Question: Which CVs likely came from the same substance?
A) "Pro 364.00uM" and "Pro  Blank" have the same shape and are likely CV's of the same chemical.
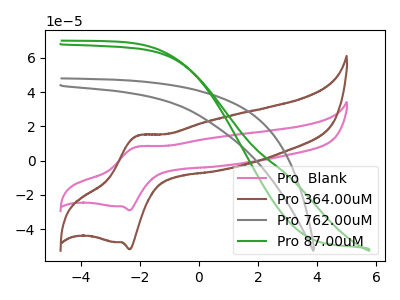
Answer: <think>The pink curve "Pro  Blank" has an anodic peak at (-2.10V, 8.15uA) and a cathodic peak at (-2.35V, -28.95uA). The brown curve "Pro 364.00uM" has an anodic peak at (-2.10V, 14.55uA) and a cathodic peak at (-2.35V, -51.75uA). The gray curve "Pro 762.00uM" has no peaks. The green curve "Pro 87.00uM" has no peaks.
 All the peaks in "Pro  Blank" have a peak in "Pro 364.00uM" at the same potential. Every peak in "Pro  Blank" is lower than every peak in "Pro 364.00uM". "Pro  Blank" and "Pro 762.00uM" have a different number of peaks. "Pro  Blank" and "Pro 87.00uM" have a different number of peaks. "Pro 364.00uM" and "Pro 762.00uM" have a different number of peaks. "Pro 364.00uM" and "Pro 87.00uM" have a different number of peaks. Neither "Pro 762.00uM" or "Pro 87.00uM" have any peaks.</think>
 <answer>A) "Pro 364.00uM" and "Pro  Blank" have the same shape and are likely CV's of the same chemical.</answer>
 <eval>A</eval>